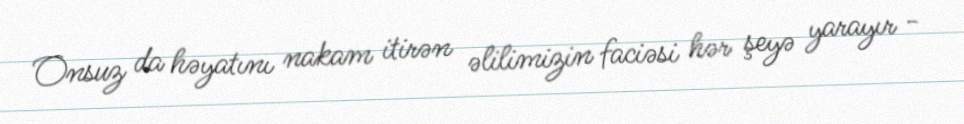
Onsuz da həyatını nakam itirən əlilimizin faciəsi hər şeyə yarayır -